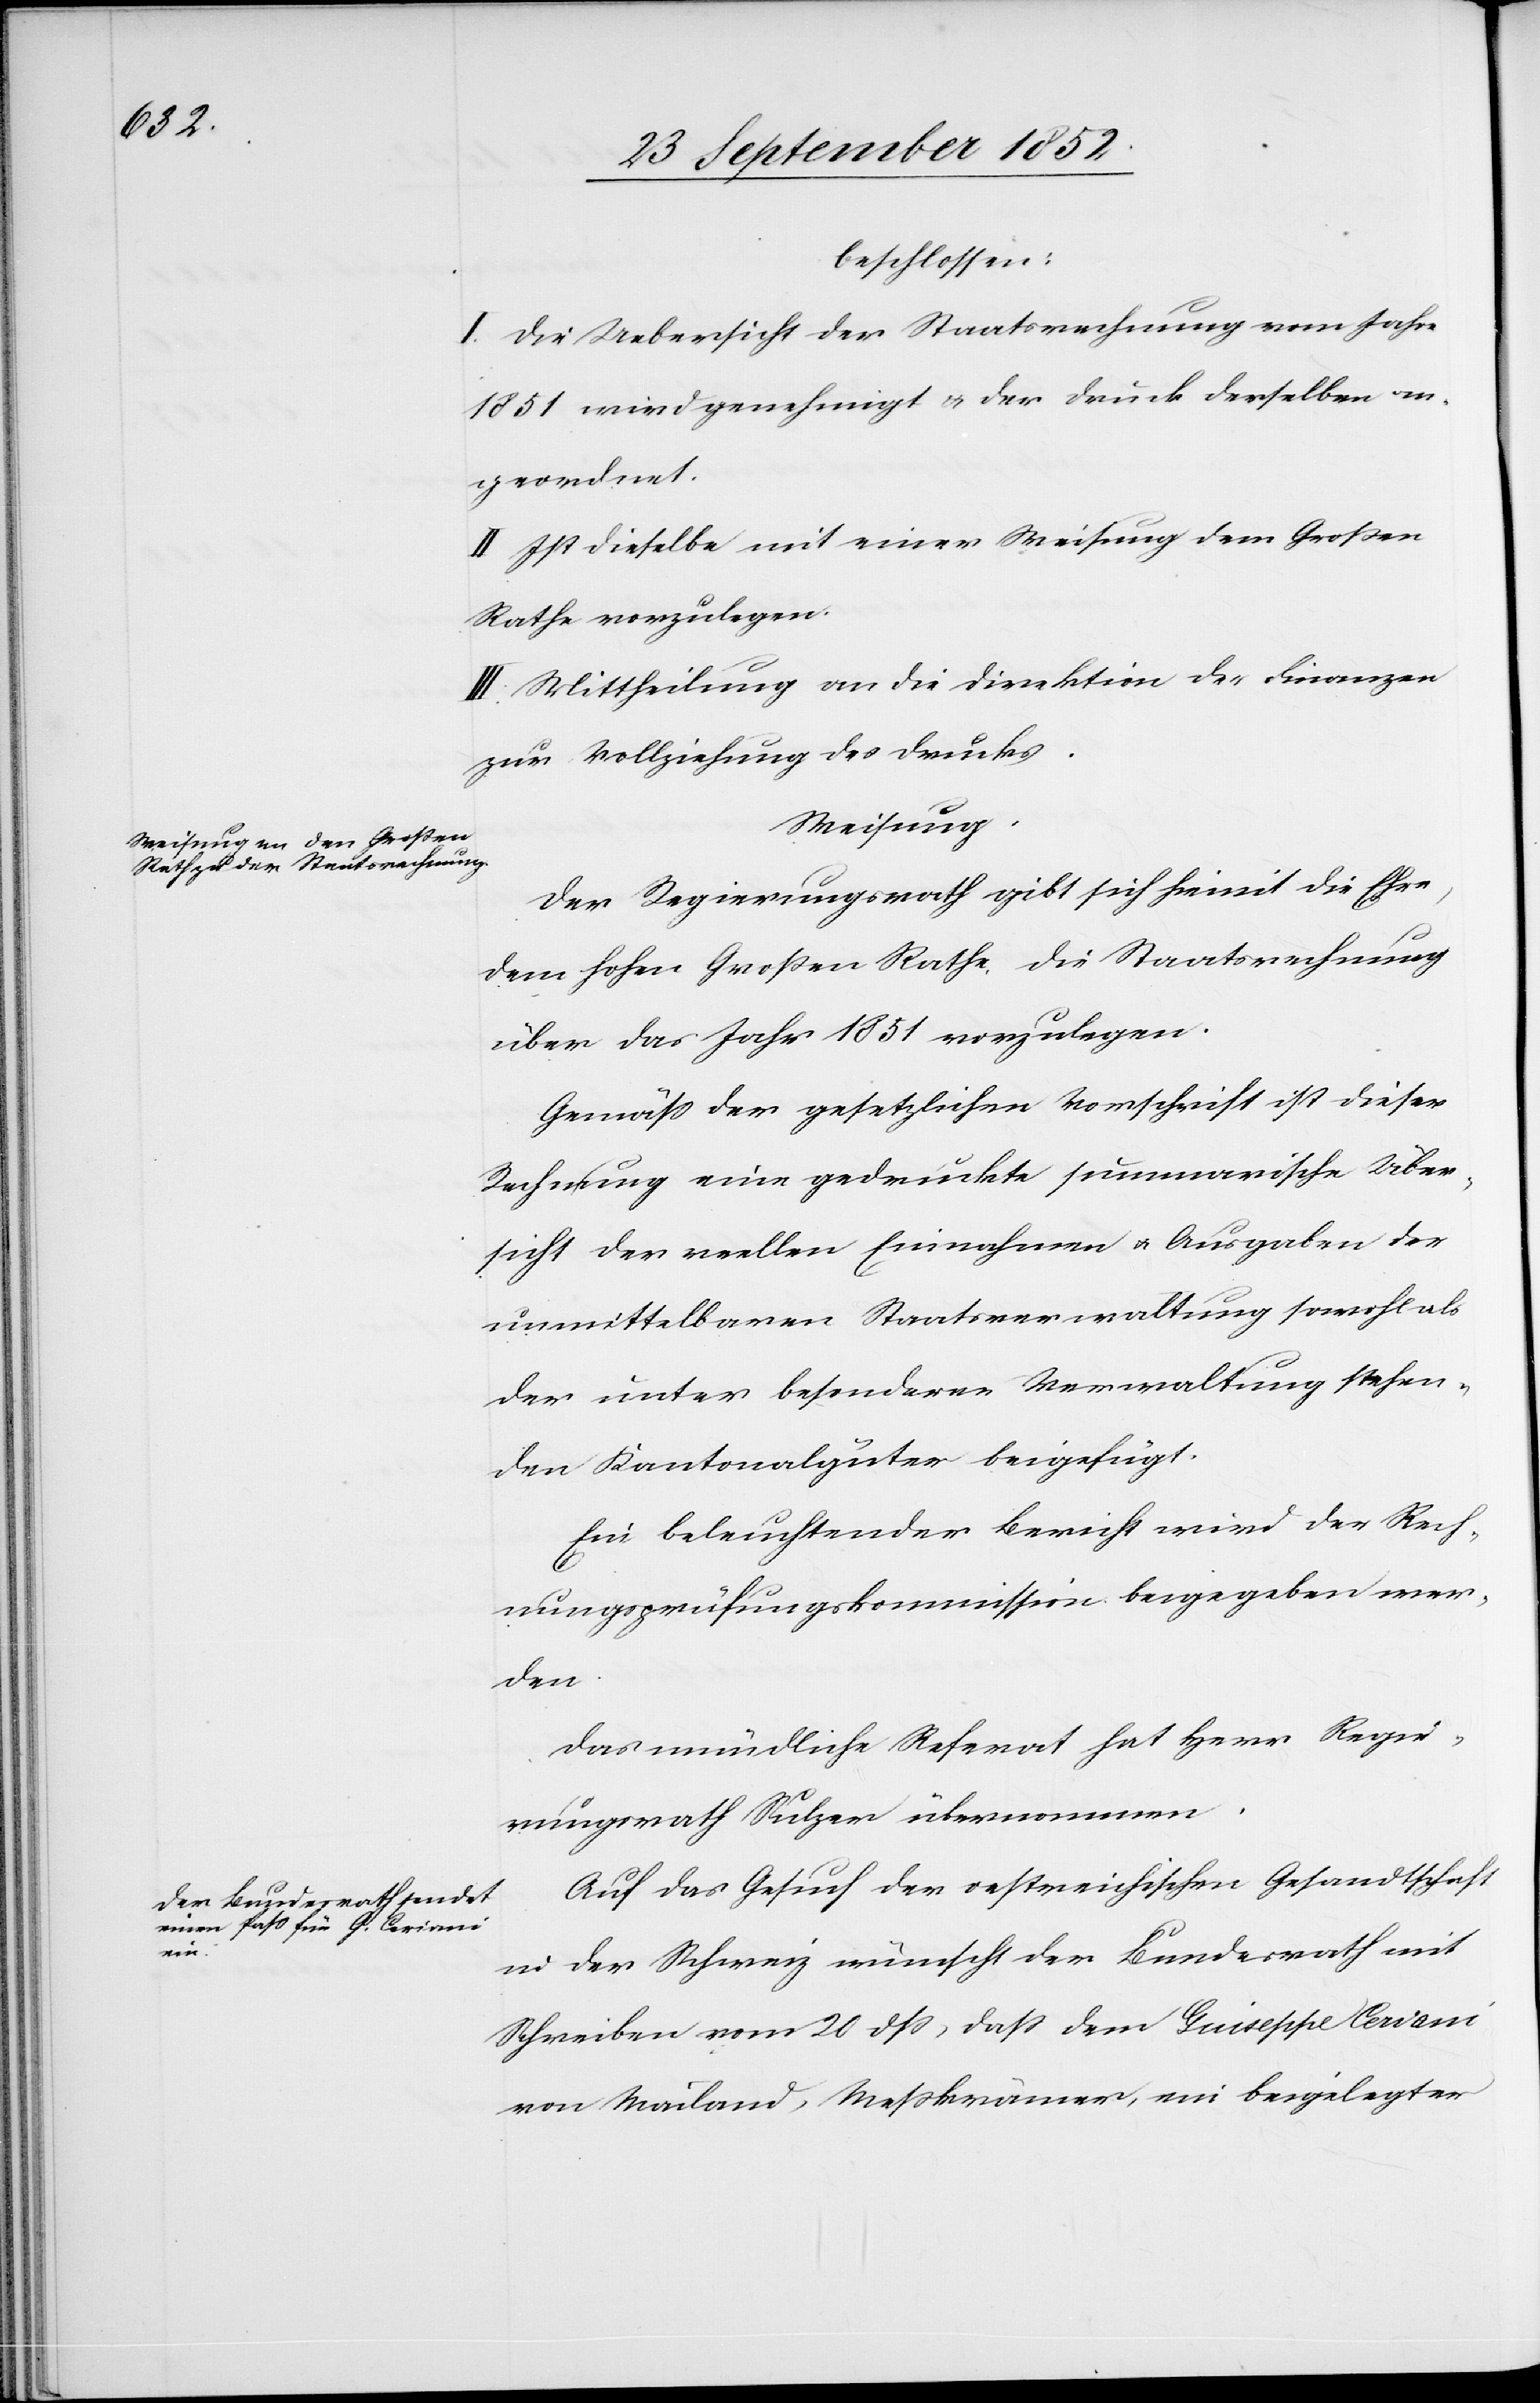
beschlossen:
I. Die Uebersicht der Staatsrechnung vom Jahre
1851 wird genehmigt & der Druck derselben an¬
geordnet.
II Ist dieselbe mit einer Weisung dem Großen
Rathe vorzulegen.
III. Mittheilung an die Direktion der Finanzen
zur Vollziehung des Drucks.
Weisung.
Der Regierungsrath gibt sich hiemit die Ehre,
dem hohen Großen Rathe, die Staatsrechnung
über das Jahr 1851 vorzulegen.
Gemäss der gesetzlichen Vorschrift ist dieser
Rechnung eine gedruckte summarische Über¬
sicht der reellen Einnahmen & Ausgaben der
unmittelbaren Staatsverwaltung sowohl als
der unter besonderer Verwaltung stehen¬
den Kantonalgüter beigefügt.
Ein beleuchtender Bericht wird der Rech¬
nungsprüfungskommission beigegeben wer¬
den.
Das mündliche Referat hat Herr Regie¬
rungsrath Sulzer übernommen.
Auf das Gesuch der oestreichischen Gesandtschaft
in der Schweiz wünscht der Bundesrath mit
Schreiben vom 20 dss, dass dem Guiseppe Ceriani
von Mailand, Messkrämer, ein beigelegter